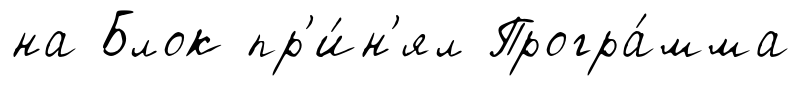
на Блок пр'и́н'ял Програ́мма